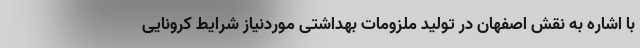
با اشاره به نقش اصفهان در تولید ملزومات بهداشتی موردنیاز شرایط کرونایی